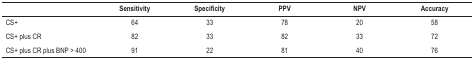
|  | Sensitivity | Specificity | PPV | NPV | Accuracy |
 | --- | --- | --- | --- | --- | --- |
 | CS+ | 64 | 33 | 78 | 20 | 58 |
 | CS+ plus CR | 82 | 33 | 82 | 33 | 72 |
 | CS+ plus CR plus BNP > 400 | 91 | 22 | 81 | 40 | 76 |